Rangoon Lunatic Asylum 1878-1892 - 1878-1892
Year: 1878
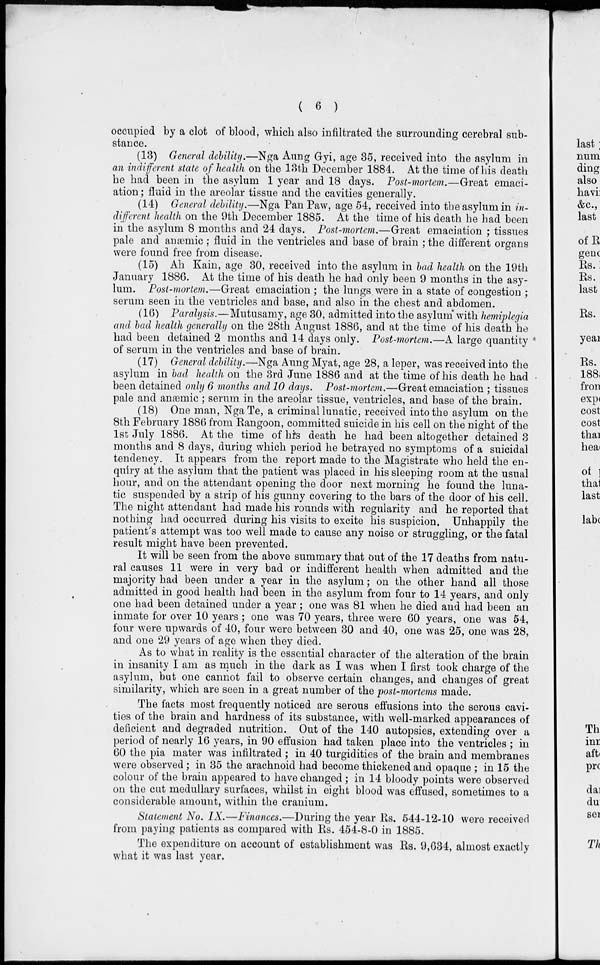
( 6 )
occupied by a clot of blood, which also infiltrated the surrounding cerebral sub-
stance.
(13) General debility.—Nga Aung Gyi, age 35, received into the asylum in
an indifferent state of health on the 13th December 1884. At the time of his death
he had been in the asylum 1 year and 18 days. Post-mortem.—Great emaci-
ation ; fluid in the areolar tissue and the cavities generally.
(14) General debility.—Nga Pan Paw, age 54, received into the asylum in in-
different health on the 9th December 1885. At the time of his death he had been
in the asylum 8 months and 24 days. Post-mortem.—Great emaciation ; tissues
pale and anæmic ; fluid in the ventricles and base of brain ; the different organs
were found free from disease.
(15) Ah Kain, age 30, received into the asylum in bad health on the 19th
January 1886. At the time of his death he had only been 9 months in the asy-
lum. Post-mortem.—Great emaciation ; the lungs, were in a state of congestion ;
serum seen in the ventricles and base, and also in the chest and abdomen.
(16) Paralysis.—Mutusamy, age 30, admitted into the asylum with hemiplegia
and bad health generally on the 28th August 1886, and at the time of his death he
had been detained 2 months and 14 days only. Post-mortem.—A large quantity
of serum in the ventricles and base of brain.
(17) General debility.—Nga Aung Myat, age 28, a leper, was received into the
asylum in bad health on the 3rd June 1886 and at the time of his death he had
been detained only 6 months and 10 days. Post-mortem.—Great emaciation ; tissues
pale and anæmic ; serum in the areolar tissue, ventricles, and base of the brain.
(18) One man, Nga Te, a criminal lunatic, received into the asylum on the
8th February 1886 from Rangoon, committed suicide in his cell on the night of the
1st July 1886. At the time of his death he had been altogether detained 3
months and 8 days, during which period he betrayed no symptoms of a suicidal
tendency. It appears from the report made to the Magistrate who held the en-
quiry at the asylum that the patient was placed in his sleeping room at the usual
hour, and on the attendant opening the door next morning he found the luna-
tic suspended by a strip of his gunny covering to the bars of the door of his cell.
The night attendant had made his rounds with regularity and he reported that
nothing had occurred during his visits to excite his suspicion. Unhappily the
patient's attempt was too well made to cause any noise or struggling, or the fatal
result might have been prevented.
It will be seen from the above summary that out of the 17 deaths from natu-
ral causes 11 were in very bad or indifferent health when admitted and the
majority had been under a year in the asylum; on the other hand all those
admitted in good health had been in the asylum from four to 14 years, and only
one had been detained under a year; one was 81 when he died and had been an
inmate for over 10 years ; one was 70 years, three were 60 years, one was 54,
four were upwards of 40, four were between 30 and 40, one was 25, one was 28,
and one 29 years of age when they died.
As to what in reality is the essential character of the alteration of the brain
in insanity I am as much in the dark as I was when I first took charge of the
asylum, but one cannot fail to observe certain changes, and changes of great
similarity, which are seen in a great number of the post-mortems made.
The facts most frequently noticed are serous effusions into the serous cavi-
ties of the brain and hardness of its substance, with well-marked appearances of
deficient and degraded nutrition. Out of the 140 autopsies, extending over a
period of nearly 16 years, in 90 effusion had taken place into the ventricles ; in
60 the pia mater was infiltrated ; in 40 turgidities of the brain and membranes
were observed; in 35 the arachnoid had become thickened and opaque; in 15 the
colour of the brain appeared to have changed; in 14 bloody points were observed
on the cut medullary surfaces, whilst in eight blood was effused, sometimes to a
considerable amount, within the cranium.
Statement No. IX.—Finances.—During the year Rs. 544-12-10 were received
from paying patients as compared with Rs. 454-8-0 in 1885.
The expenditure on account of establishment was Rs. 9,634, almost exactly
what it was last year.